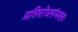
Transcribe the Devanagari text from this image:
प्रतिरोधसंभवतः